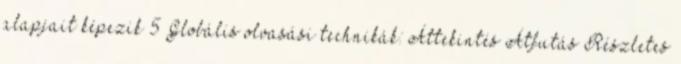
alapjait képezik 5 Globális olvasási technikák: Áttekintés Átfutás Részletes